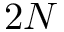
2 N